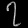
Digit: ၇